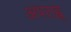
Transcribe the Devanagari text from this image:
अपराह्न्